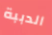
الدببة